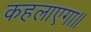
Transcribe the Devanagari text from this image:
कहलाएगा॥